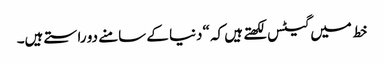
خط میں گیٹس لکھتے ہیں کہ “دنیا کے سامنے دو راستے ہیں۔